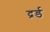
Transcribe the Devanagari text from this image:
द्रर्ड